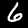
Label: 6